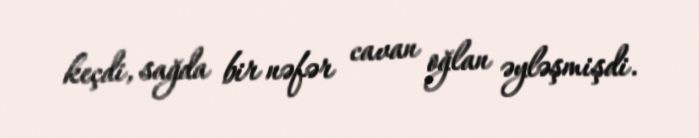
keçdi, sağda bir nəfər cavan oğlan əyləşmişdi.